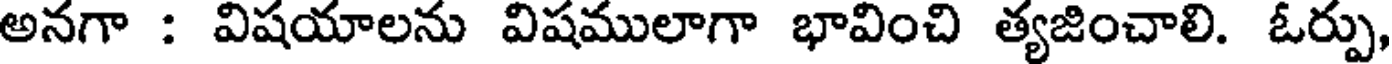
అనగా : విషయాలను విషములాగా భావించి త్యజించాలి. ఓర్పు,